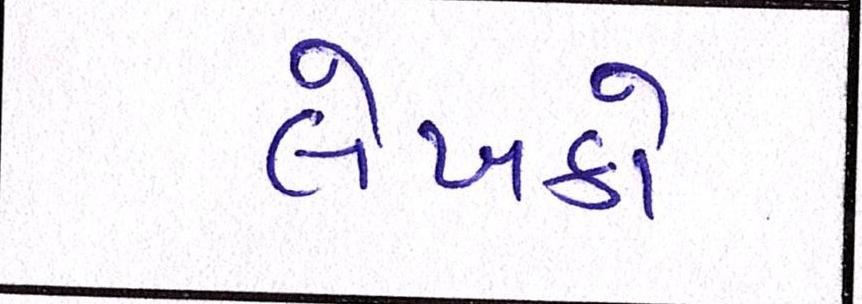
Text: લેખકો